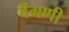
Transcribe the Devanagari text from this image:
बैंगणी